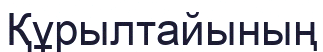
Құрылтайының